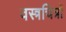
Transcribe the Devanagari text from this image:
वस्त्रचित्रों